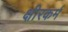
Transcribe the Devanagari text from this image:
क्षीरकर्म